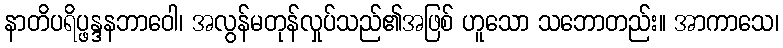
နာတိပရိပ္ဖန္ဒနဘာဝေါ၊ အလွန်မတုန်လှုပ်သည်၏အဖြစ် ဟူသော သဘောတည်း။ အာကာသေ၊